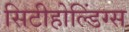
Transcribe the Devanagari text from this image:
सिटीहोल्डिंग्स